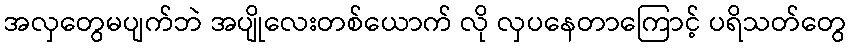
အလှတွေမပျက်ဘဲ အပျိုလေးတစ်ယောက် လို လှပနေတာကြောင့် ပရိသတ်တွေ